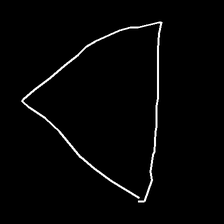
Glyph: convergence